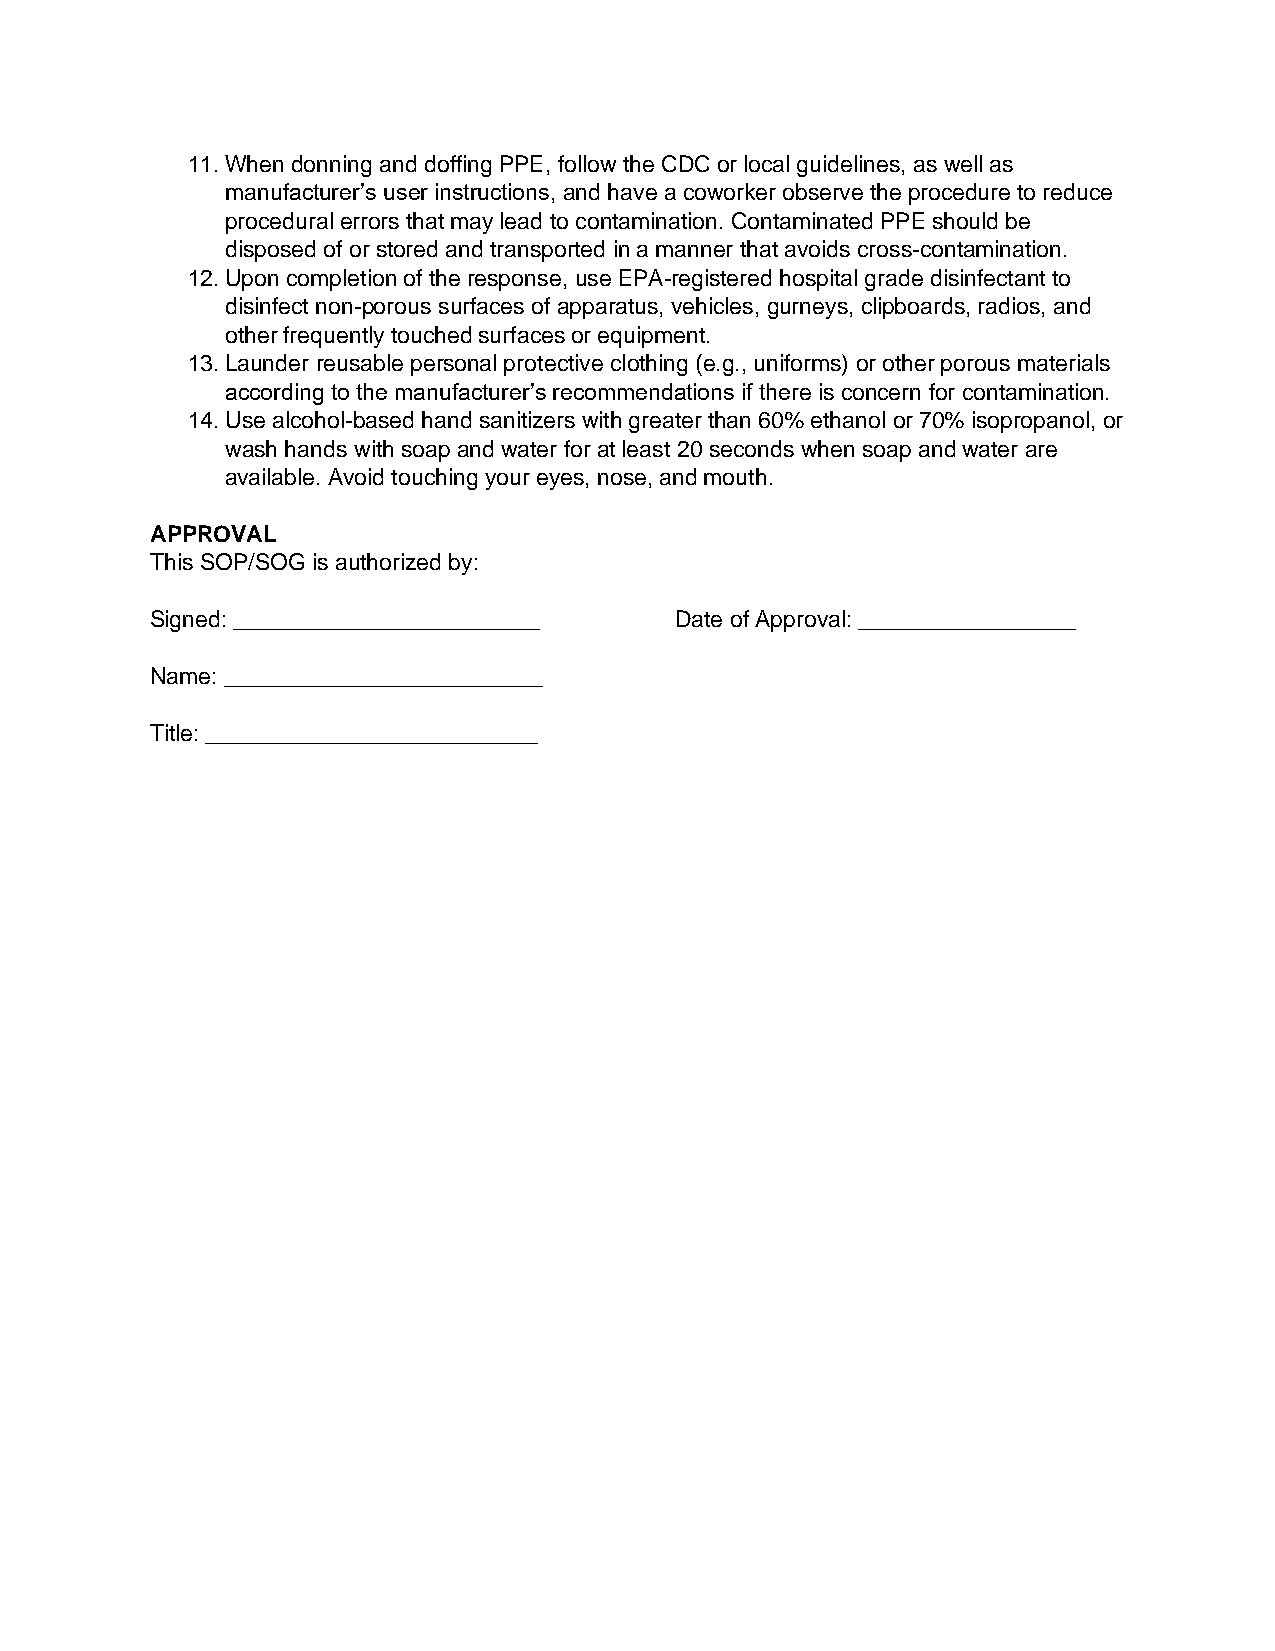
11. When donning and doffing PPE, follow the CDC or local guidelines, as well as
 manufacturer’s user instructions, and have a coworker observe the procedure to reduce
 procedural errors that may lead to contamination. Contaminated PPE should be
 disposed of or stored and transported in a manner that avoids cross-contamination.
 12. Upon completion of the response, use EPA-registered hospital grade disinfectant to
 disinfect non-porous surfaces of apparatus, vehicles, gurneys, clipboards, radios, and
 other frequently touched surfaces or equipment.
 13. Launder reusable personal protective clothing (e.g., uniforms) or other porous materials
 according to the manufacturer’s recommendations if there is concern for contamination.
 14. Use alcohol-based hand sanitizers with greater than 60% ethanol or 70% isopropanol, or
 wash hands with soap and water for at least 20 seconds when soap and water are
 available. Avoid touching your eyes, nose, and mouth.
 APPROVAL
 This SOP/SOG is authorized by:
 Signed: ________________________   Date of Approval: _________________
 Name: _________________________
 Title: __________________________